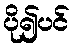
ပို၍ပင်